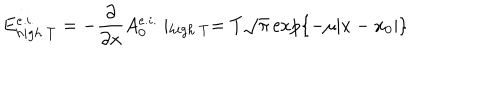
E _ { h i g h ~ T } ^ { e . i . } = - \frac { \partial } { \partial x } A _ { 0 } ^ { e . i . } \mid _ { h i g h ~ T } = T \sqrt { \pi } \exp \{ - \mu | x - x _ { 0 } | \}